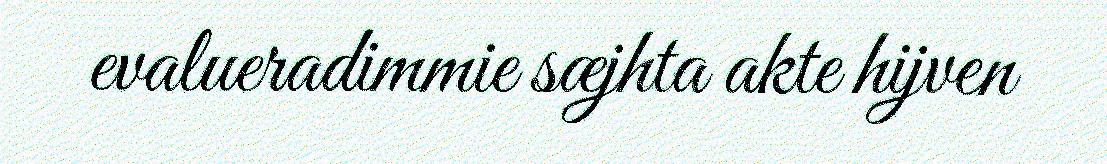
evalueradimmie sæjhta akte hijven